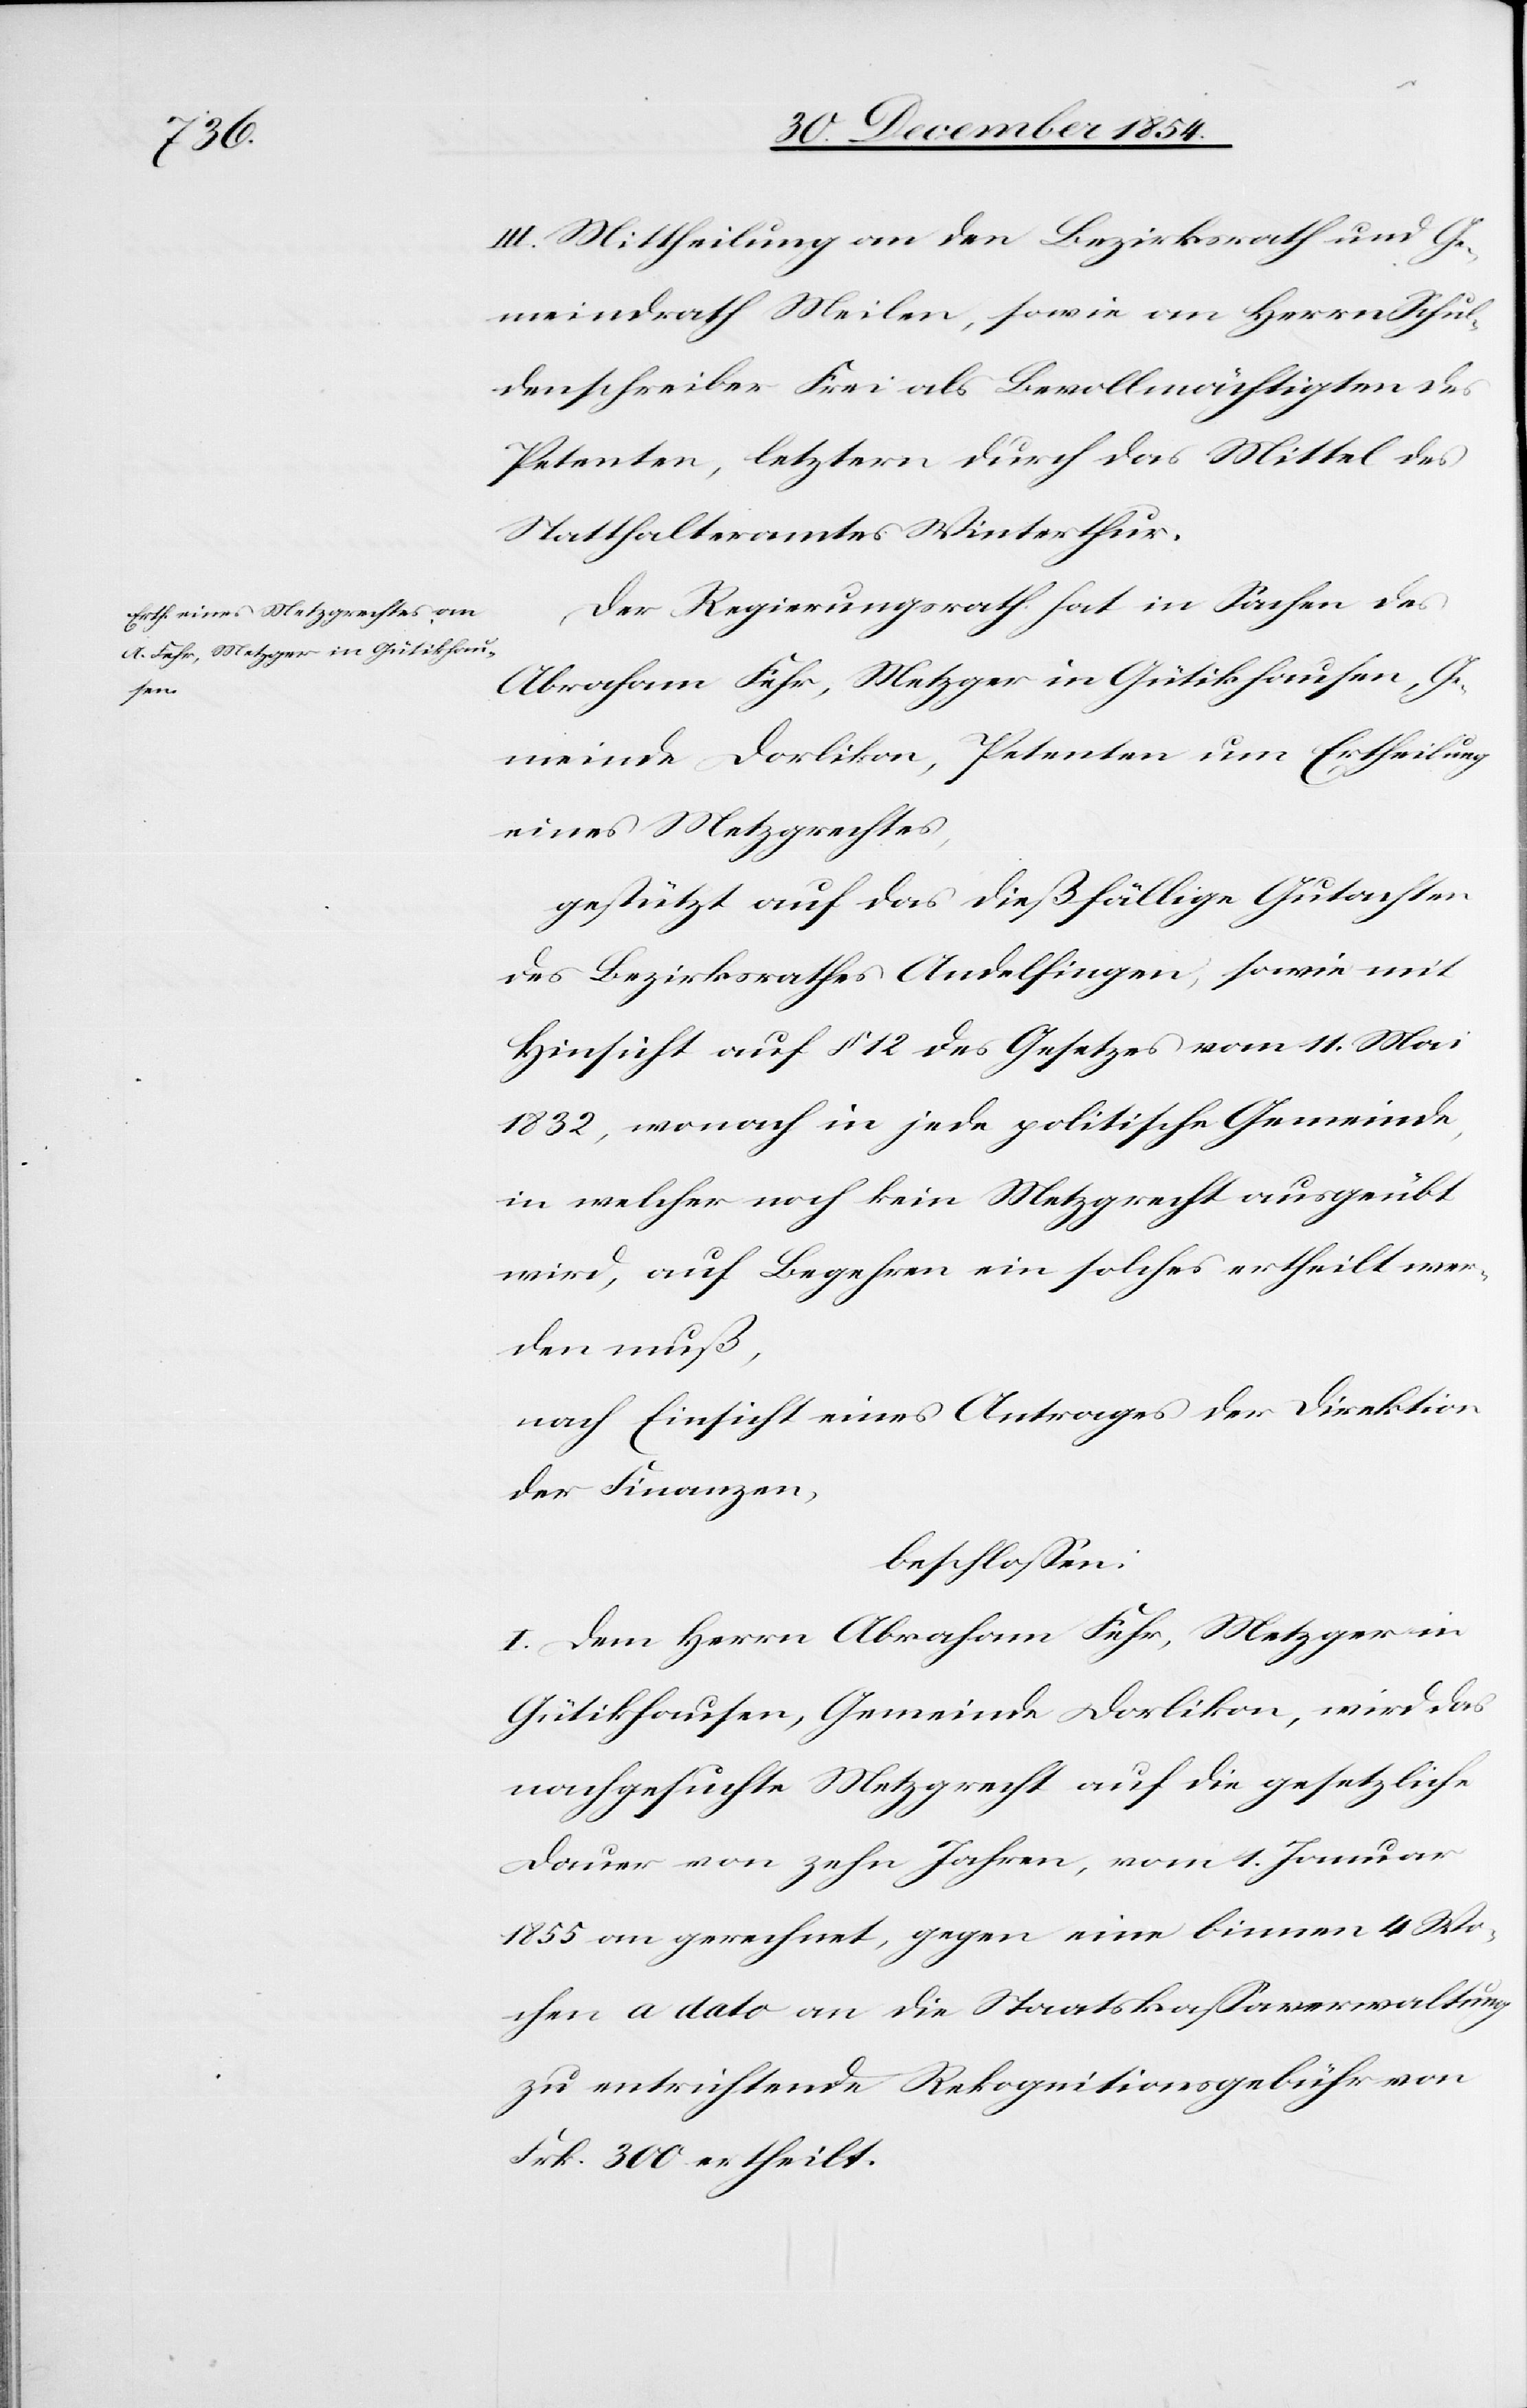
III. Mittheilung an den Bezirksrath und Ge¬
meindrath Meilen, sowie an Herrn Schul¬
denschreiber Frei als Bevollmächtigten des
Petenten, letztern durch das Mittel des
Statthalteramtes Winterthur.
Der Regierungsrath hat in Sachen des
Abraham Fehr, Metzger in Gütikhausen, Ge¬
meinde Dorlikon, Petenten um Ertheilung
eines Metzgrechtes,
gestützt auf das dießfällige Gutachten
des Bezirksrathes Andelfingen, sowie mit
Hinsicht auf § 12 des Gesetzes vom 11. Mai
1832, wonach in jede politische Gemeinde,
in welcher noch kein Metzgrecht ausgeübt
wird, auf Begehren ein solches ertheilt wer¬
den muß,
nach Einsicht eines Antrages der Direktion
der Finanzen,
beschloßen:
I. Dem Herrn Abraham Fehr, Metzger in
Gütikhausen, Gemeinde Dorlikon, wird das
nachgesuchte Metzgrecht auf die gesetzliche
Dauer von zehn Jahren, vom 1. Januar
1855 an gerechnet, gegen eine binnen 4 Wo¬
chen a dato an die Staatskaßaverwaltung
zu entrichtende Rekognitionsgebühr von
Frk. 300 ertheilt.